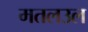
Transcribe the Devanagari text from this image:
मतलउल